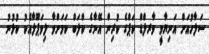
ސަލާހުއަށް އަނިޔާވީ ވާރލްޑް ކަޕްގެ ކުރިން އޭނާގެ ކްލަބް ކަމަށްވާ ލިވަޕޫލާއެކު ކުޅުނު